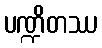
ပဏ္ဍိတဿ